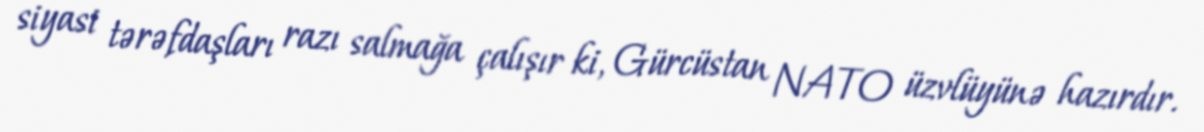
siyasi tərəfdaşları razı salmağa çalışır ki, Gürcüstan NATO üzvlüyünə hazırdır.